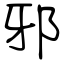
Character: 邪